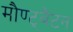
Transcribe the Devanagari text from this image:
मौण्ट्बैटन